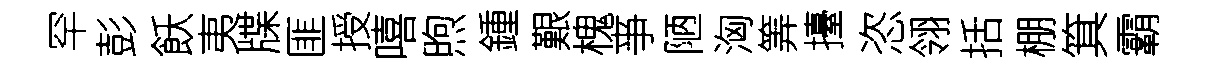
罕彭飫夷牒匪授嘻煦鍾艱槐亊陋洶筭擡恣翎括棚箕霸